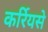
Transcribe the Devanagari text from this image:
कर्रियसे